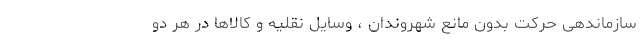
سازماندهی حرکت بدون مانع شهروندان ، وسایل نقلیه و کالاها در هر دو